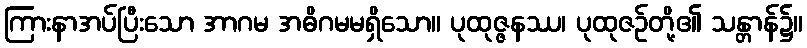
ကြားနာအပ်ပြီးသော အာဂမ အဓိဂမမရှိသော။ ပုထုဇ္ဇနဿ၊ ပုထုဇဉ်တို့၏ သန္တာန်၌။